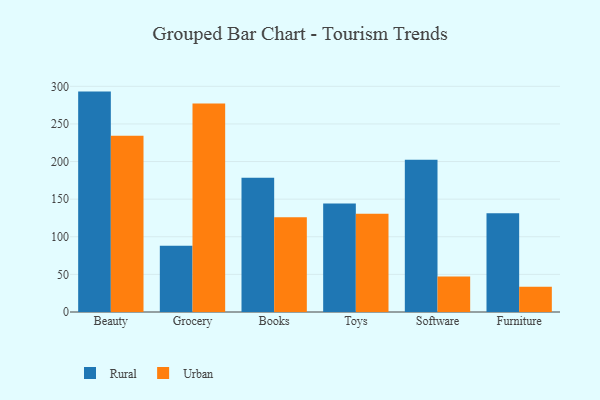
{"axis": {"x": "Category", "y": "Headcount"}, "legend": ["Rural", "Urban"], "data": [{"x": "Beauty", "y": 293.0, "type": "Rural"}, {"x": "Beauty", "y": 234.3, "type": "Urban"}, {"x": "Grocery", "y": 88.1, "type": "Rural"}, {"x": "Grocery", "y": 277.3, "type": "Urban"}, {"x": "Books", "y": 178.6, "type": "Rural"}, {"x": "Books", "y": 126.1, "type": "Urban"}, {"x": "Toys", "y": 144.2, "type": "Rural"}, {"x": "Toys", "y": 130.7, "type": "Urban"}, {"x": "Software", "y": 202.4, "type": "Rural"}, {"x": "Software", "y": 47.1, "type": "Urban"}, {"x": "Furniture", "y": 131.4, "type": "Rural"}, {"x": "Furniture", "y": 33.6, "type": "Urban"}]}